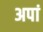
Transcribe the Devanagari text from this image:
अपां